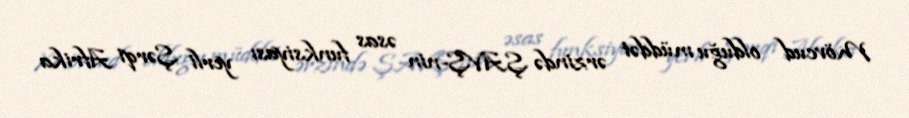
Mövcud olduğu müddət ərzində ŞAVŞ-nin əsas funksiyası yerli Şərqi Afrika